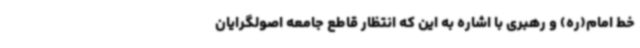
خط امام(ره) و رهبری با اشاره به این که انتظار قاطع جامعه اصولگرایان